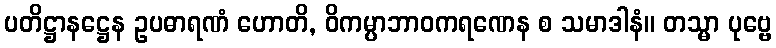
ပတိဋ္ဌာနဋ္ဌေန ဥပဓာရဏံ ဟောတိ, ဝိကမ္ပာဘာဝကရဏေန စ သမာဒါနံ။ တသ္မာ ပုဗ္ဗေ